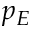
p _ { E }